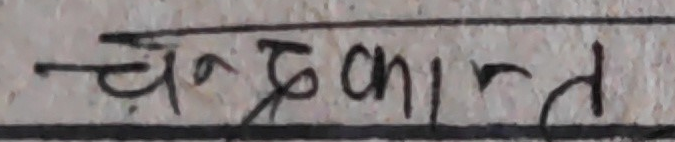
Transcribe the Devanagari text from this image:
चन्द्रकान्त